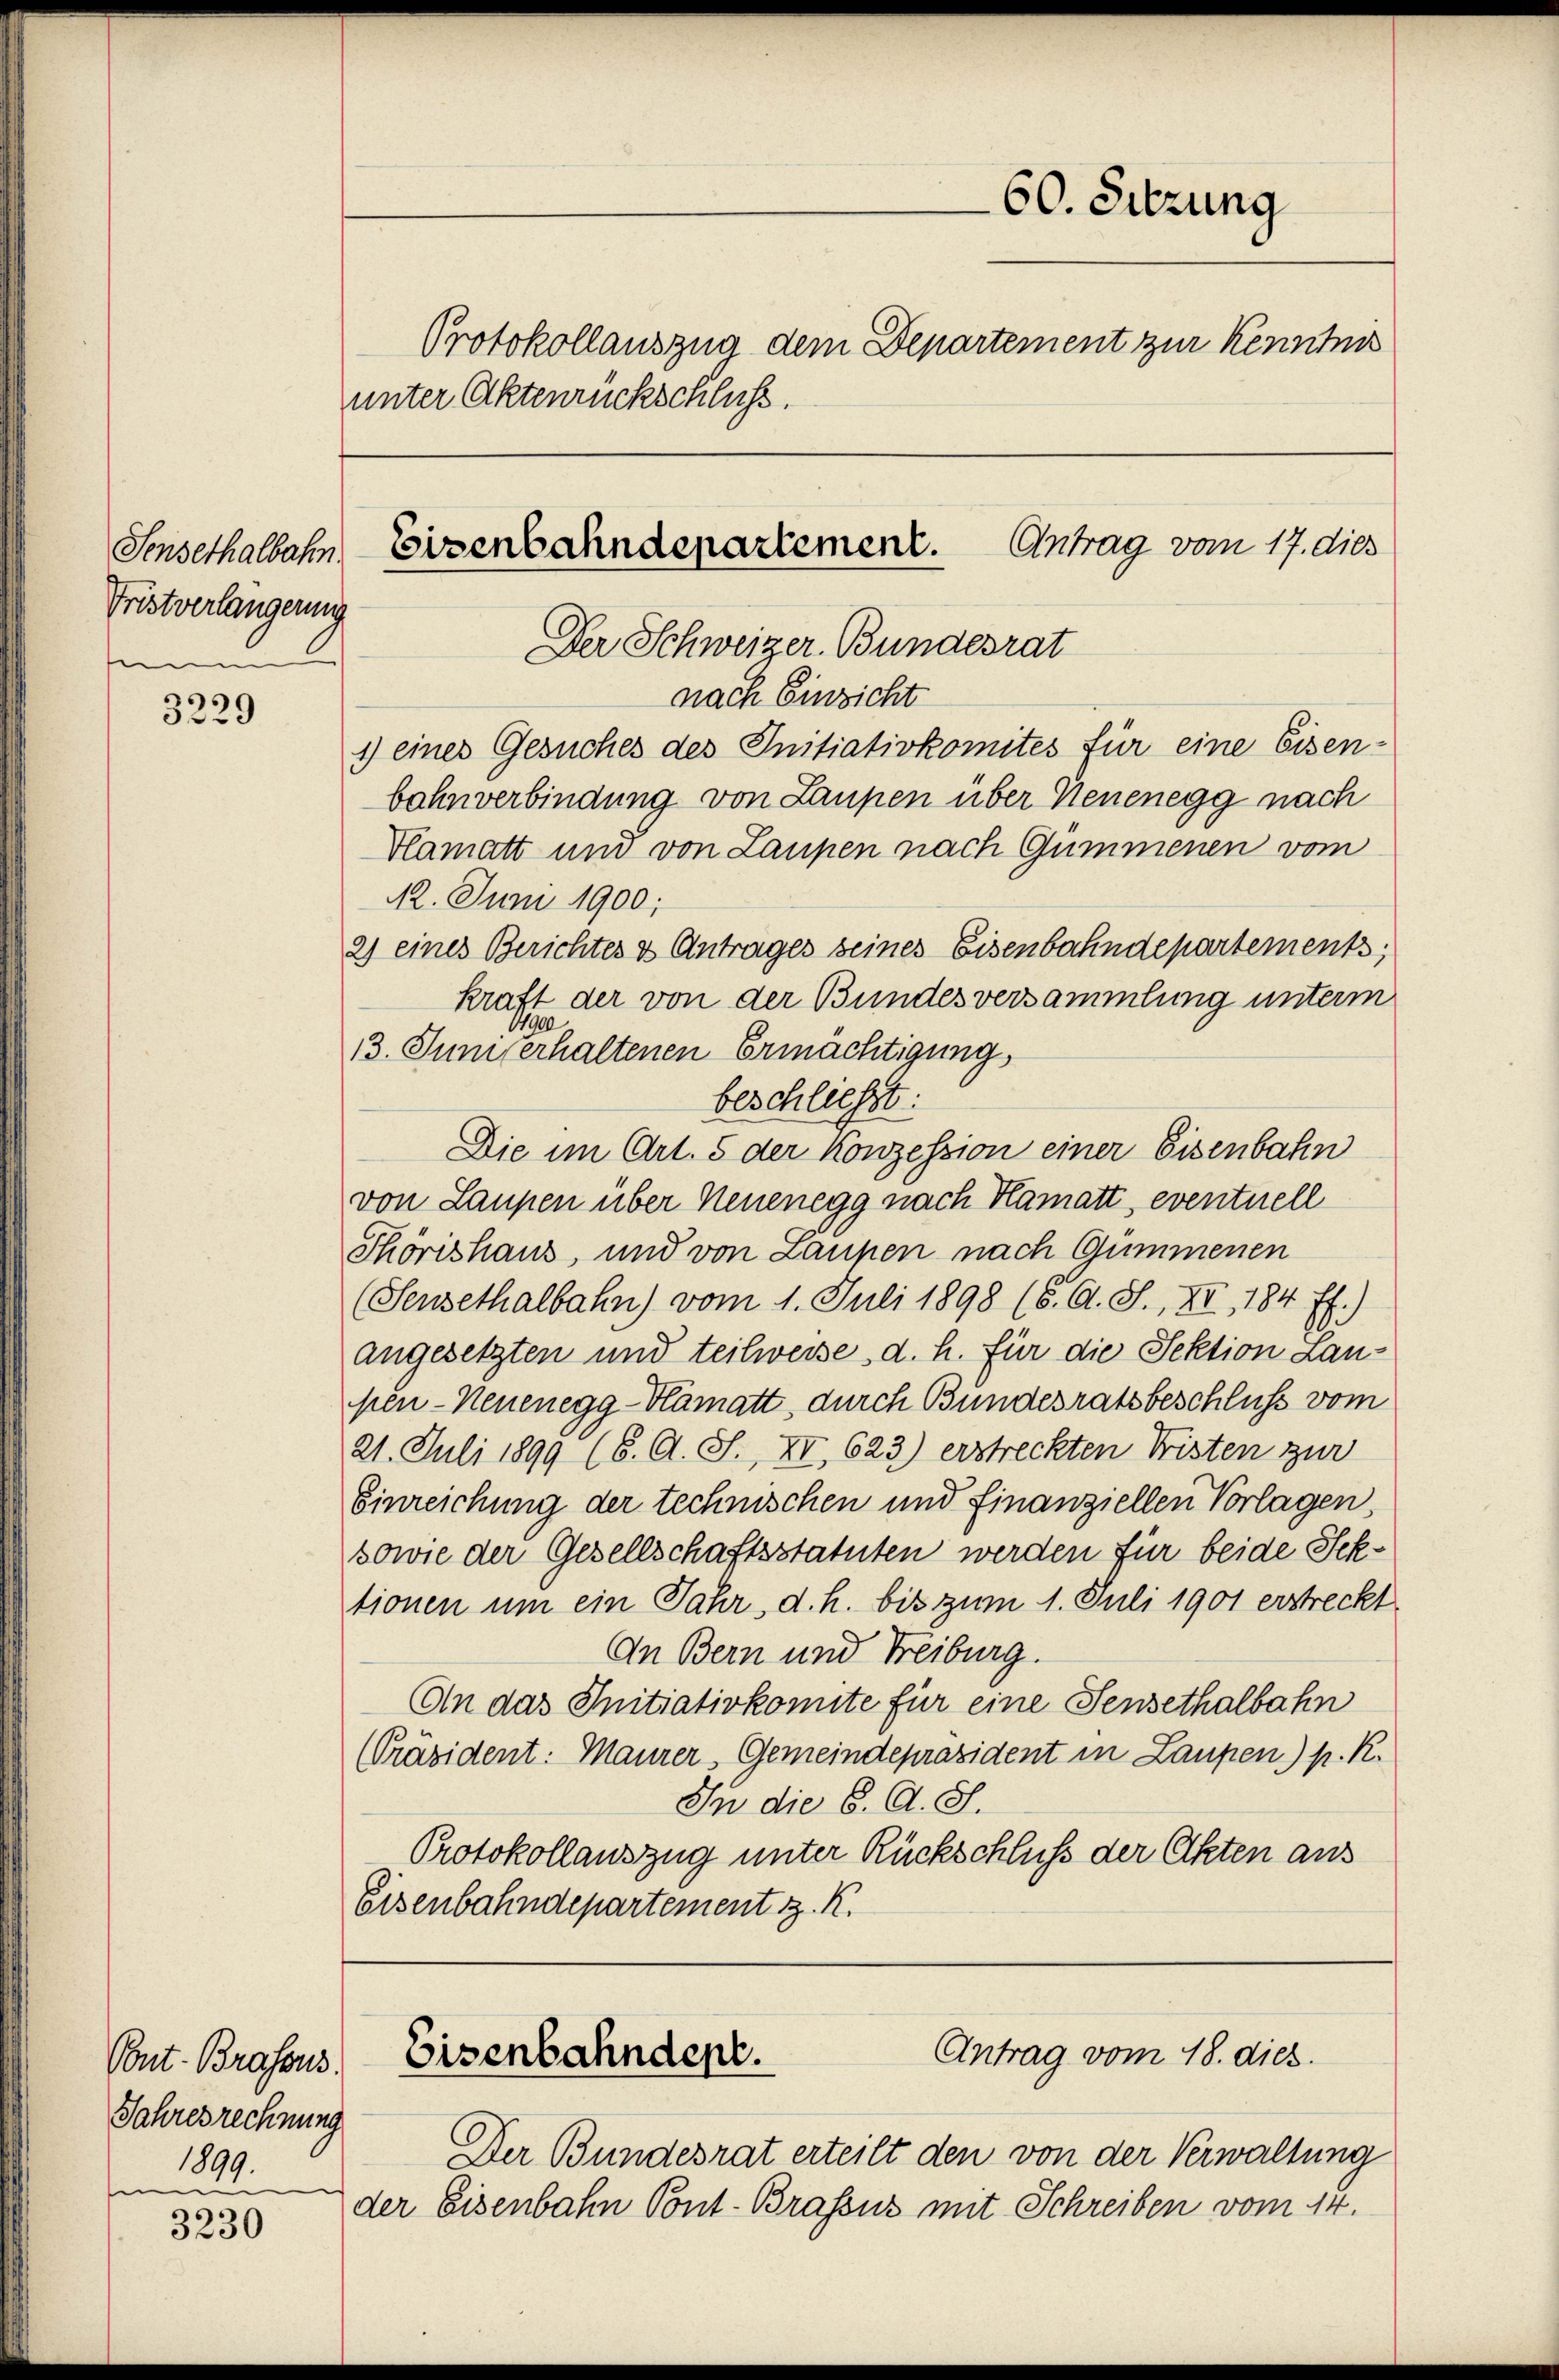
Sensethalbahn
Fristverlangerung
e

3229

3230

Pont. Brasens.
Jahresrechnung
1899.
e

unter Aktenrückschluss.

60. Sitzung
Protokollauszug dem Departement zur Kenntnis

nach Einzicht
1) eines Gesuches des Initiativkomites für eine Eisen-
bohnverbindung von Laupen über Neuenegg nach
Vlamatt und von Laupen nach Gümmenen vom
112. Juni 1900;
2) eines Berichtes & Antrages seines Eisenbahndepartements;
kraft der von der Bundesversammlung unterm
1790
13. Juni erhaltenen Ermächtigung,
beschließt:
Die im Art. 5 der Konzession einer Eisenbahn
von Laupen über Neuenegg nach Hamatt, eventuell
Thörishaus, und von Laupen nach Gummenen
(Sensethalbahn) vom 1. Juli 1898 (6. A. S., XII, 184 ff.)
angesetzten und teilweise, d. h. für die Sektion Laupen-Neuenegg-Blamatt, durch Bundesratsbeschluss vom
21. Juli 1899 (6. A. S., XII. 623.) erstreckten Fristen zur
Einreichung der technischen und finanziellen Vorlagen,
sowie der Gesellschaftsstatuten werden für beide Sektionen um ein Jahr, d. h. bis zum 1. Juli 1901 erstreckt
An Bern und Freiburg.
An das Initiativkomite für eine Sensethalbahn
Präsident: Maurer, Gemeindepräsident in Laupen) p. R.
In die S. O. S.
Protokollauszug unter Rückschluß der Akten aus
Eisenbahndepartement z. K.

Eisenbahndepartement. Antrag vom 17. dies
Der Schweizer. Bundesrat

Antrag vom 18. dies
Eisenbahndept.

Der Bundesrat erteilt den von der Verwaltung
der Eisenbahn Pont. Brassus mit Schreiben vom 14.